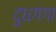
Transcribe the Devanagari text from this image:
दुधगंगा